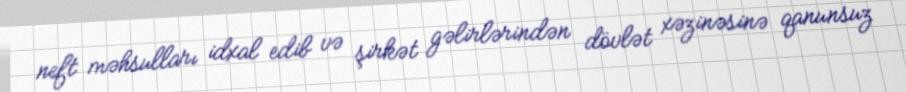
neft məhsulları idxal edib və şirkət gəlirlərindən dövlət xəzinəsinə qanunsuz